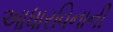
આધારવિનાની